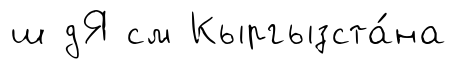
ш дЯ см Кыргызста́на